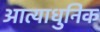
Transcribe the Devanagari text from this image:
आत्याधुनिक